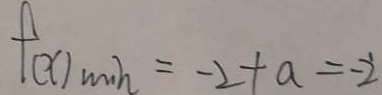
f ( x ) \min h = - 2 + a = - 2